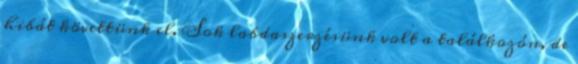
hibát követtünk el. Sok labdaszerzésünk volt a találkozón, de